Annual report of the Imperial Bacteriological Laboratory, Muktesar
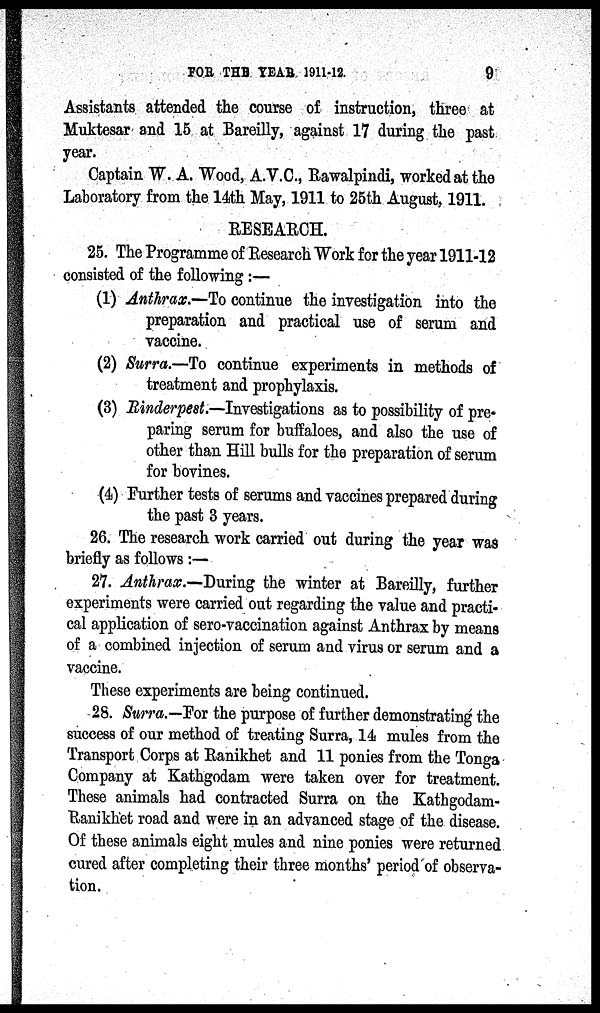
FOR THE YEAR 1911-12.
9
Assistants attended the course of instruction, three at
Muktesar and 15 at Bareilly, against 17 during the past
year.
Captain W. A. Wood, A.V.C., Rawalpindi, worked at the
Laboratory from the 14th May, 1911 to 25th August, 1911.
RESEARCH.
25. The Programme of Research Work for the year 1911-12
consisted of the following :—
(1) Anthrax.—To continue the investigation into the
preparation and practical use of serum and
vaccine.
(2) Surra.—To continue experiments in methods of
treatment and prophylaxis.
(3) Rinderpest.—Investigations as to possibility of pre-
paring serum for buffaloes, and also the use of
other than Hill bulls for the preparation of serum
for bovines.
(4) Further tests of serums and vaccines prepared during
the past 3 years.
26. The research work carried out during the year was
briefly as follows:—
27. Anthrax.—During the winter at Bareilly, further
experiments were carried out regarding the value and practi-
cal application of sero-vaccination against Anthrax by means
of a combined injection of serum and virus or serum and a
vaccine.
These experiments are being continued.
28. Surra.—For the purpose of further demonstrating the
success of our method of treating Surra, 14 mules from the
Transport Corps at Ranikhet and 11 ponies from the Tonga
Company at Kathgodam were taken over for treatment.
These animals had contracted Surra on the Kathgodam-
Ranikhet road and were in an advanced stage of the disease.
Of these animals eight mules and nine ponies were returned
cured after completing their three months' period of observa-
tion.